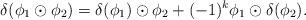
LaTeX: \begin{align*} \delta(\phi_1\odot\phi_2)=\delta(\phi_1)\odot\phi_2+(-1)^{k}\phi_1\odot\delta(\phi_2).\end{align*}